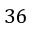
3 6